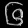
Digit: ၆